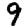
Digit: 9